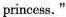
princess."